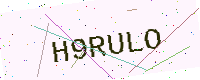
Text: H9RULO